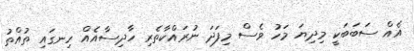
އެއް ސަބަބަކީ މިދިޔަ މަހު ވެސް މިފަދަ ނުރައްކާތެރި ހާދިސާއެއް ހިނގައި ތުއްތު